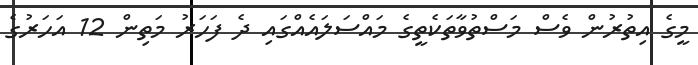
މީގެ އިތުރުން ވެސް މަސްތުވާތަކެތީގެ މައްސަލައެއްގައި ދެ ފަހަރު މަތިން 12 އަހަރުގެ